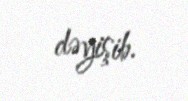
dəyişib.